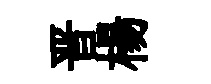
晋楊